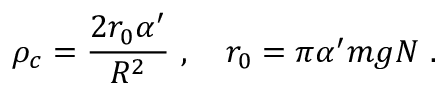
\rho _ { c } = { \frac { 2 r _ { 0 } \alpha ^ { \prime } } { R ^ { 2 } } } \ , \quad r _ { 0 } = \pi \alpha ^ { \prime } m g N \ .